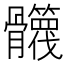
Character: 𩪻